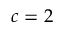
c = 2